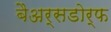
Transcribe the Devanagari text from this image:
बैअर्सडोर्फ